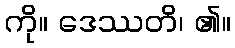
ကို။ ဒေဿတိ၊ ၏။